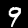
Label: 9